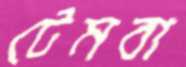
টেমবা